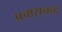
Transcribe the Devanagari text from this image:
प्रचारानन्द